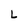
Character: L